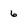
Character: 6